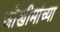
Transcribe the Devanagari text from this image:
जोखीमांच्या